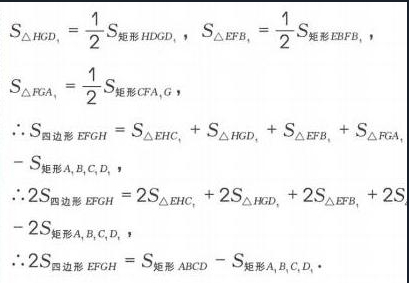
\[
\begin{align*}
S_{\triangle HGD}&=\frac{1}{2}S_{矩形HDGD_{1}},\ S_{\triangle EFB_{1}}=\frac{1}{2}S_{矩形EBFB_{1}},\\
S_{\triangle FGA_{1}}&=\frac{1}{2}S_{矩形CFA_{1}G},\\
\therefore S_{四边形EFGH}&=S_{\triangle EHC_{1}} + S_{\triangle HGD}+S_{\triangle EFB_{1}}+S_{\triangle FGA_{1}}\\
&-S_{矩形A_{1}B_{1}C_{1}D_{1}},\\
\therefore 2S_{四边形EFGH}&=2S_{\triangle EHC_{1}}+2S_{\triangle HGD}+2S_{\triangle EFB_{1}}+2S_{\triangle FGA_{1}}\\
&-2S_{矩形A_{1}B_{1}C_{1}D_{1}},\\
\therefore 2S_{四边形EFGH}&=S_{矩形ABCD}-S_{矩形A_{1}B_{1}C_{1}D_{1}}.
\end{align*}
\]